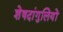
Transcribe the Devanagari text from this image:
शेषदांगुलियों